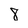
Character: 8